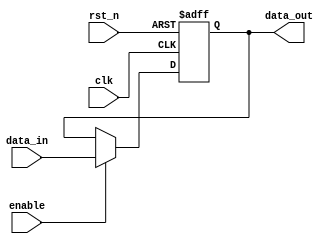
module InputRegister #(
    parameter DATA_WIDTH = 8  // Define the width of the register
)(
    input wire clk,            // Clock input
    input wire rst_n,         // Active low reset input
    input wire enable,         // Enable signal
    input wire [DATA_WIDTH-1:0] data_in, // Input data lines
    output reg [DATA_WIDTH-1:0] data_out // Output data lines
);

// Sequential logic block
always @(posedge clk or negedge rst_n) begin
    if (!rst_n) begin
        // Reset the register to a known state (usually zero)
        data_out <= {DATA_WIDTH{1'b0}};
    end else if (enable) begin
        // Capture and store input data on the rising edge of the clock
        data_out <= data_in;
    end
    // If enable is low, retain the previous value of data_out
end

endmodule